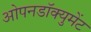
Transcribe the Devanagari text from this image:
ओपनडॉक्युमेंट